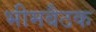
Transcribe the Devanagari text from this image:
भीमबैठक